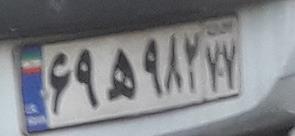
۶۹ه۹۸۲۷۷